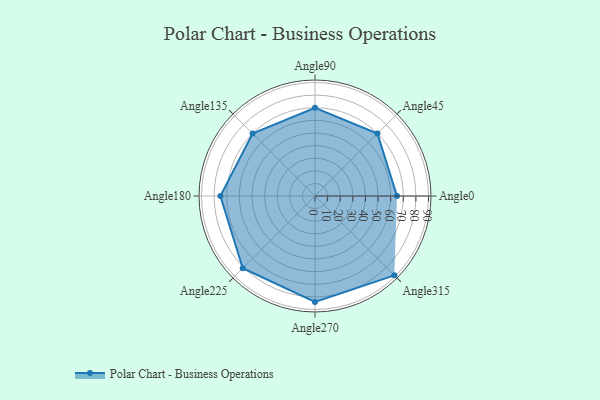
{"axis": {"x": "Angle", "y": "Radius"}, "legend": [""], "data": [{"x": "Angle0", "y": 65.0, "type": ""}, {"x": "Angle45", "y": 70.0, "type": ""}, {"x": "Angle90", "y": 70.0, "type": ""}, {"x": "Angle135", "y": 70.0, "type": ""}, {"x": "Angle180", "y": 75.0, "type": ""}, {"x": "Angle225", "y": 81.0, "type": ""}, {"x": "Angle270", "y": 84.0, "type": ""}, {"x": "Angle315", "y": 89.0, "type": ""}]}